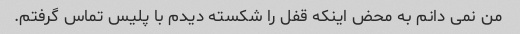
من نمی دانم به محض اینکه قفل را شکسته دیدم با پلیس تماس گرفتم.